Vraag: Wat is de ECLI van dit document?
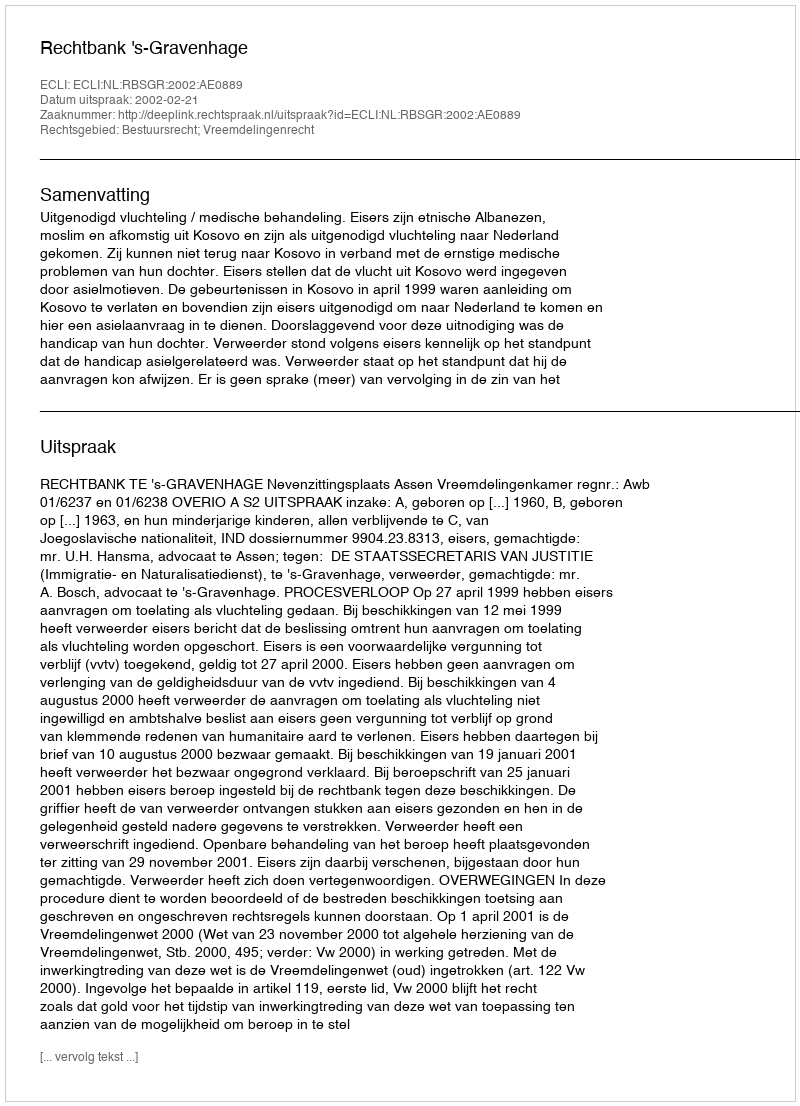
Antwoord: ECLI:NL:RBSGR:2002:AE0889